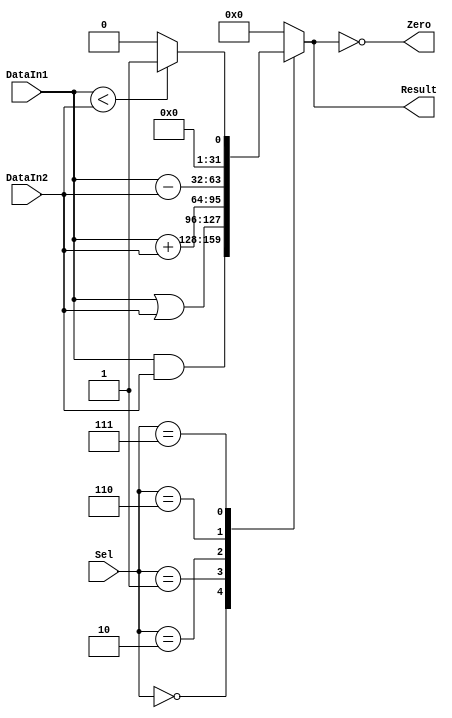
`timescale 1ns / 1ps
//////////////////////////////////////////////////////////////////////////////////
// Company: 
// Engineer: 
// 
// Design Name: 
// Module Name: MIPSALU_11
// Project Name: 
// Target Devices: 
// Tool Versions: 
// Description: 
// 
// Dependencies: 
// 
// Revision:
// Revision 0.01 - File Created
// Additional Comments:
// 
//////////////////////////////////////////////////////////////////////////////////


module ALU(Sel, DataIn1, DataIn2, Result, Zero);
input [3:1] Sel;
input [31:0] DataIn1, DataIn2;
output reg [31:0] Result;
output Zero;
assign Zero=(Result==0);
always@(Sel, DataIn1, DataIn2)
   begin 
      case(Sel)
         0: Result = DataIn1 & DataIn2;
         1: Result = DataIn1 | DataIn2;
         2: Result = DataIn1 + DataIn2;
         6: Result = DataIn1 - DataIn2;
         7: Result = DataIn1 < DataIn2 ? 1:0;
         12: Result = ~(DataIn1 | DataIn2);  //NOR 
         default: Result=0;
       endcase
    end
endmodule